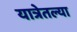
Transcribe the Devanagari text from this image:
यात्रेतल्या